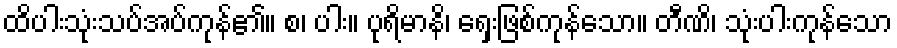
ထိပါးသုံးသပ်အပ်ကုန်၏။ စ၊ ပါး။ ပုရိမာနိ၊ ရှေးဖြစ်ကုန်သော။ တီဏိ၊ သုံးပါးကုန်သော